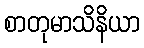
စာတုမာသိနိယာ